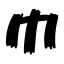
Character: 巾